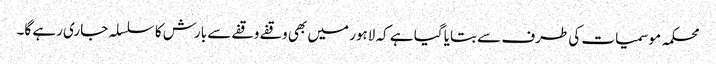
محکمہ موسمیات کی طرف سے بتایا گیا ہے کہ لاہور میں بھی وقفے وقفے سے بارش کا سلسلہ جاری رہے گا۔